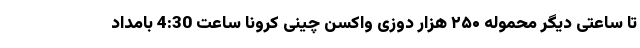
تا ساعتی دیگر محموله ۲۵۰ هزار دوزی واکسن چینی کرونا ساعت 4:30 بامداد